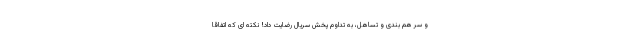
و سر هم بندی و تساهل، به تداوم پخش سریال رضایت داد! نکته ای که اتفاقاً